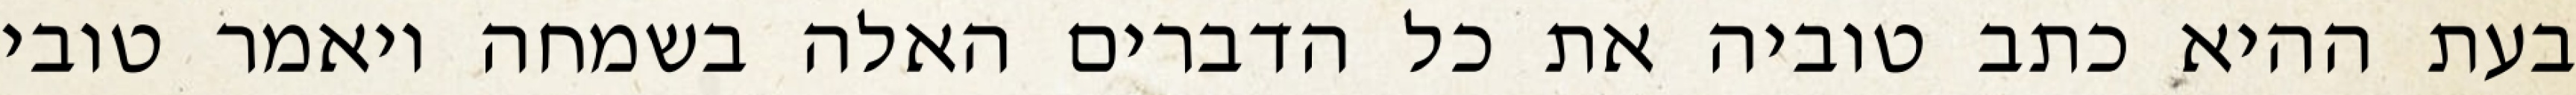
בעת ההיא כתב טוביה את כל הדברים האלה בשמחה ויאמר טובי